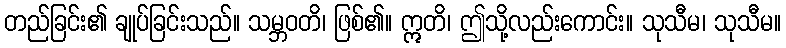
တည်ခြင်း၏ ချုပ်ခြင်းသည်။ သမ္ဘဝတိ၊ ဖြစ်၏။ ဣတိ၊ ဤသို့လည်းကောင်း။ သုသီမ၊ သုသီမ။